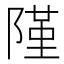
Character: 𨻜